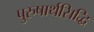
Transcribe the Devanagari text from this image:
पुरुषार्थसिद्धि